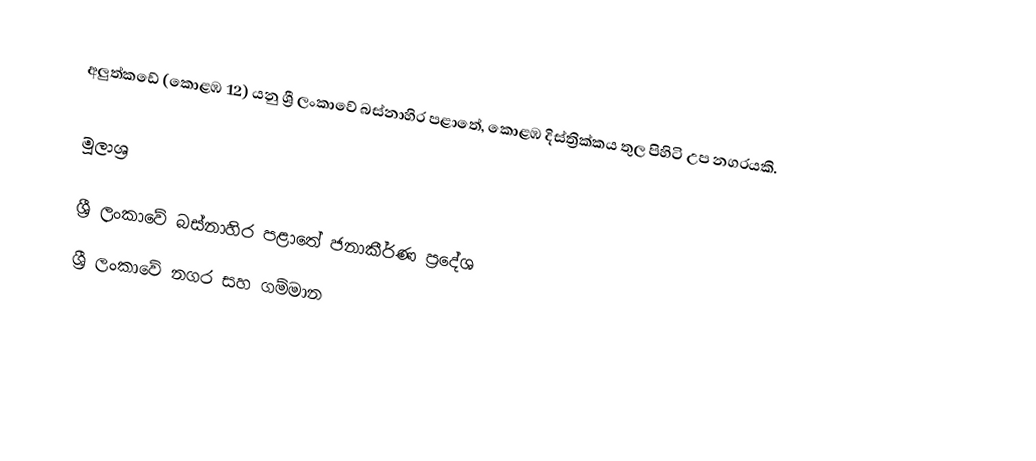
අලුත්කඩේ (කොළඹ 12) යනු ශ්‍රී ලංකාවේ බස්නාහිර පළාතේ, කොළඹ දිස්ත්‍රික්කය තුල පිහිටි උප නගරයකි.

මූලාශ්‍ර

ශ්‍රී ලංකාවේ බස්නාහිර පළාතේ ජනාකීර්ණ ප්‍රදේශ
ශ්‍රී ලංකාවේ නගර සහ ගම්මාන